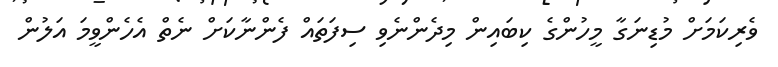
ވެރިކަމަށް މުޑިނަގާ މީހުންގެ ކިބައިން މިދެންނެވި ސިފަތައް ފެންނާކަށް ނެތް އެހެންވީމަ އަލުން